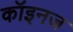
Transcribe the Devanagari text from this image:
कॉइनज